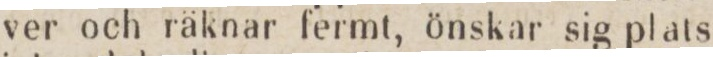
ver och räknar fermt, önskar sig plats